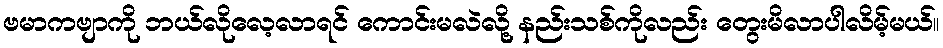
ဗမာကဗျာကို ဘယ်လိုလေ့လာရင် ကောင်းမလဲလို့ နည်းသစ်ကိုလည်း တွေးမိလာပါလိမ့်မယ်။